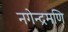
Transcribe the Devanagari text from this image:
नगेन्द्रमणि